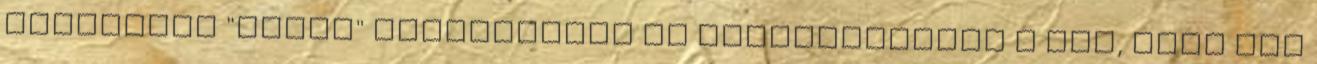
komolyabb "belső" sérüléseket is szenvedhetett a gép, mert fel